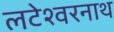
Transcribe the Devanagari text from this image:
लटेश्वरनाथ